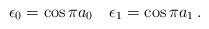
LaTeX: \begin{align*}\epsilon_{0}=\cos \pi a_{0} \quad \epsilon_{1}=\cos \pi a_{1}\,.\end{align*}